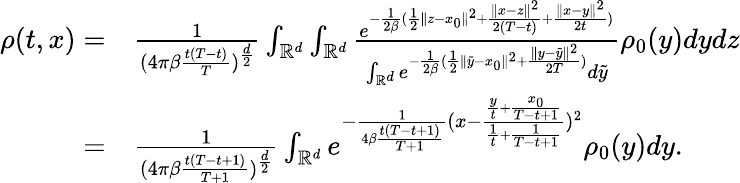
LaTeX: \begin{array}{rl}{\rho(t,x)=}&{\frac{1}{{(4\pi\beta\frac{t(T-t)}{T}})^{\frac{d}{2}}}\int_{\mathbb{R}^{d}}\int_{\mathbb{R}^{d}}\frac{e^{-\frac{1}{2\beta}(\frac{1}{2}\| z-x_{0}\| ^{2}+\frac{\| x-z\| ^{2}}{2(T-t)}+\frac{\| x-y\| ^{2}}{2t})}}{\int_{\mathbb{R}^{d}}e^{-\frac{1}{2\beta}(\frac{1}{2}\| \tilde{y}-x_{0}\| ^{2}+\frac{\| y-\tilde{y}\| ^{2}}{2T})}d\tilde{y}}\rho_{0}(y)dydz}\\ {=}&{\frac{1}{{(4\pi\beta\frac{t(T-t+1)}{T+1}})^{\frac{d}{2}}}\int_{\mathbb{R}^{d}}e^{-\frac{1}{4\beta\frac{t(T-t+1)}{T+1}}(x-\frac{\frac{y}{t}+\frac{x_{0}}{T-t+1}}{\frac{1}{t}+\frac{1}{T-t+1}})^{2}}\rho_{0}(y)dy.}\end{array}